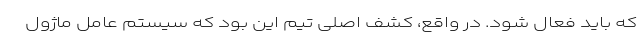
که باید فعال شود. در واقع، کشف اصلی تیم این بود که سیستم عامل ماژول